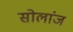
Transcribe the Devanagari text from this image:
सोलांज